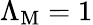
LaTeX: \Lambda_{\mathrm{M}}=1